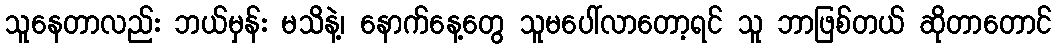
သူနေတာလည်း ဘယ်မှန်း မသိနဲ့၊ နောက်နေ့တွေ သူမပေါ်လာတော့ရင် သူ ဘာဖြစ်တယ် ဆိုတာတောင်